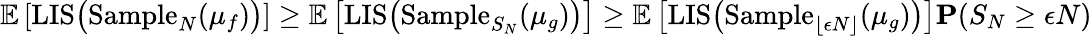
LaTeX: \mathbb{E}\left[\mathrm{LIS}\big(\mathrm{Sample}_{N}(\mu_{f})\big)\right]\geq\mathbb{E}\left[\mathrm{LIS}\big(\mathrm{Sample}_{S_{N}}(\mu_{g})\big)\right]\geq\mathbb{E}\left[\mathrm{LIS}\big(\mathrm{Sample}_{\lfloor\epsilon N\rfloor}(\mu_{g})\big)\right]\mathbf{P}(S_{N}\geq\epsilon N)